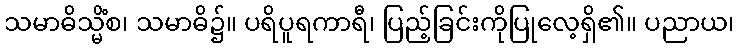
သမာဓိသ္မိံစ၊ သမာဓိ၌။ ပရိပူရကာရီ၊ ပြည့်ခြင်းကိုပြုလေ့ရှိ၏။ ပညာယ၊